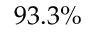
9 3 . 3 \%